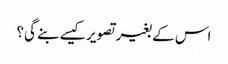
اس کے بغیر تصویر کیسے بنے گی؟